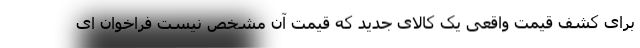
برای کشف قیمت واقعی یک کالای جدید که قیمت آن مشخص نیست فراخوان ای